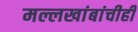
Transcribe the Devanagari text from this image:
मल्लखांबांचीही